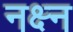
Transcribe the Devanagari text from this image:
नक्ष्न